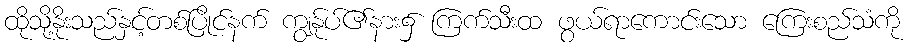
ထိုသို့နိုးသည်နှင့်တစ်ပြိုင်နက် ကျွန်ုပ်၏နား၌ ကြက်သီးထ ဖွယ်ရာကောင်းသော ကြေးစည်သံကို